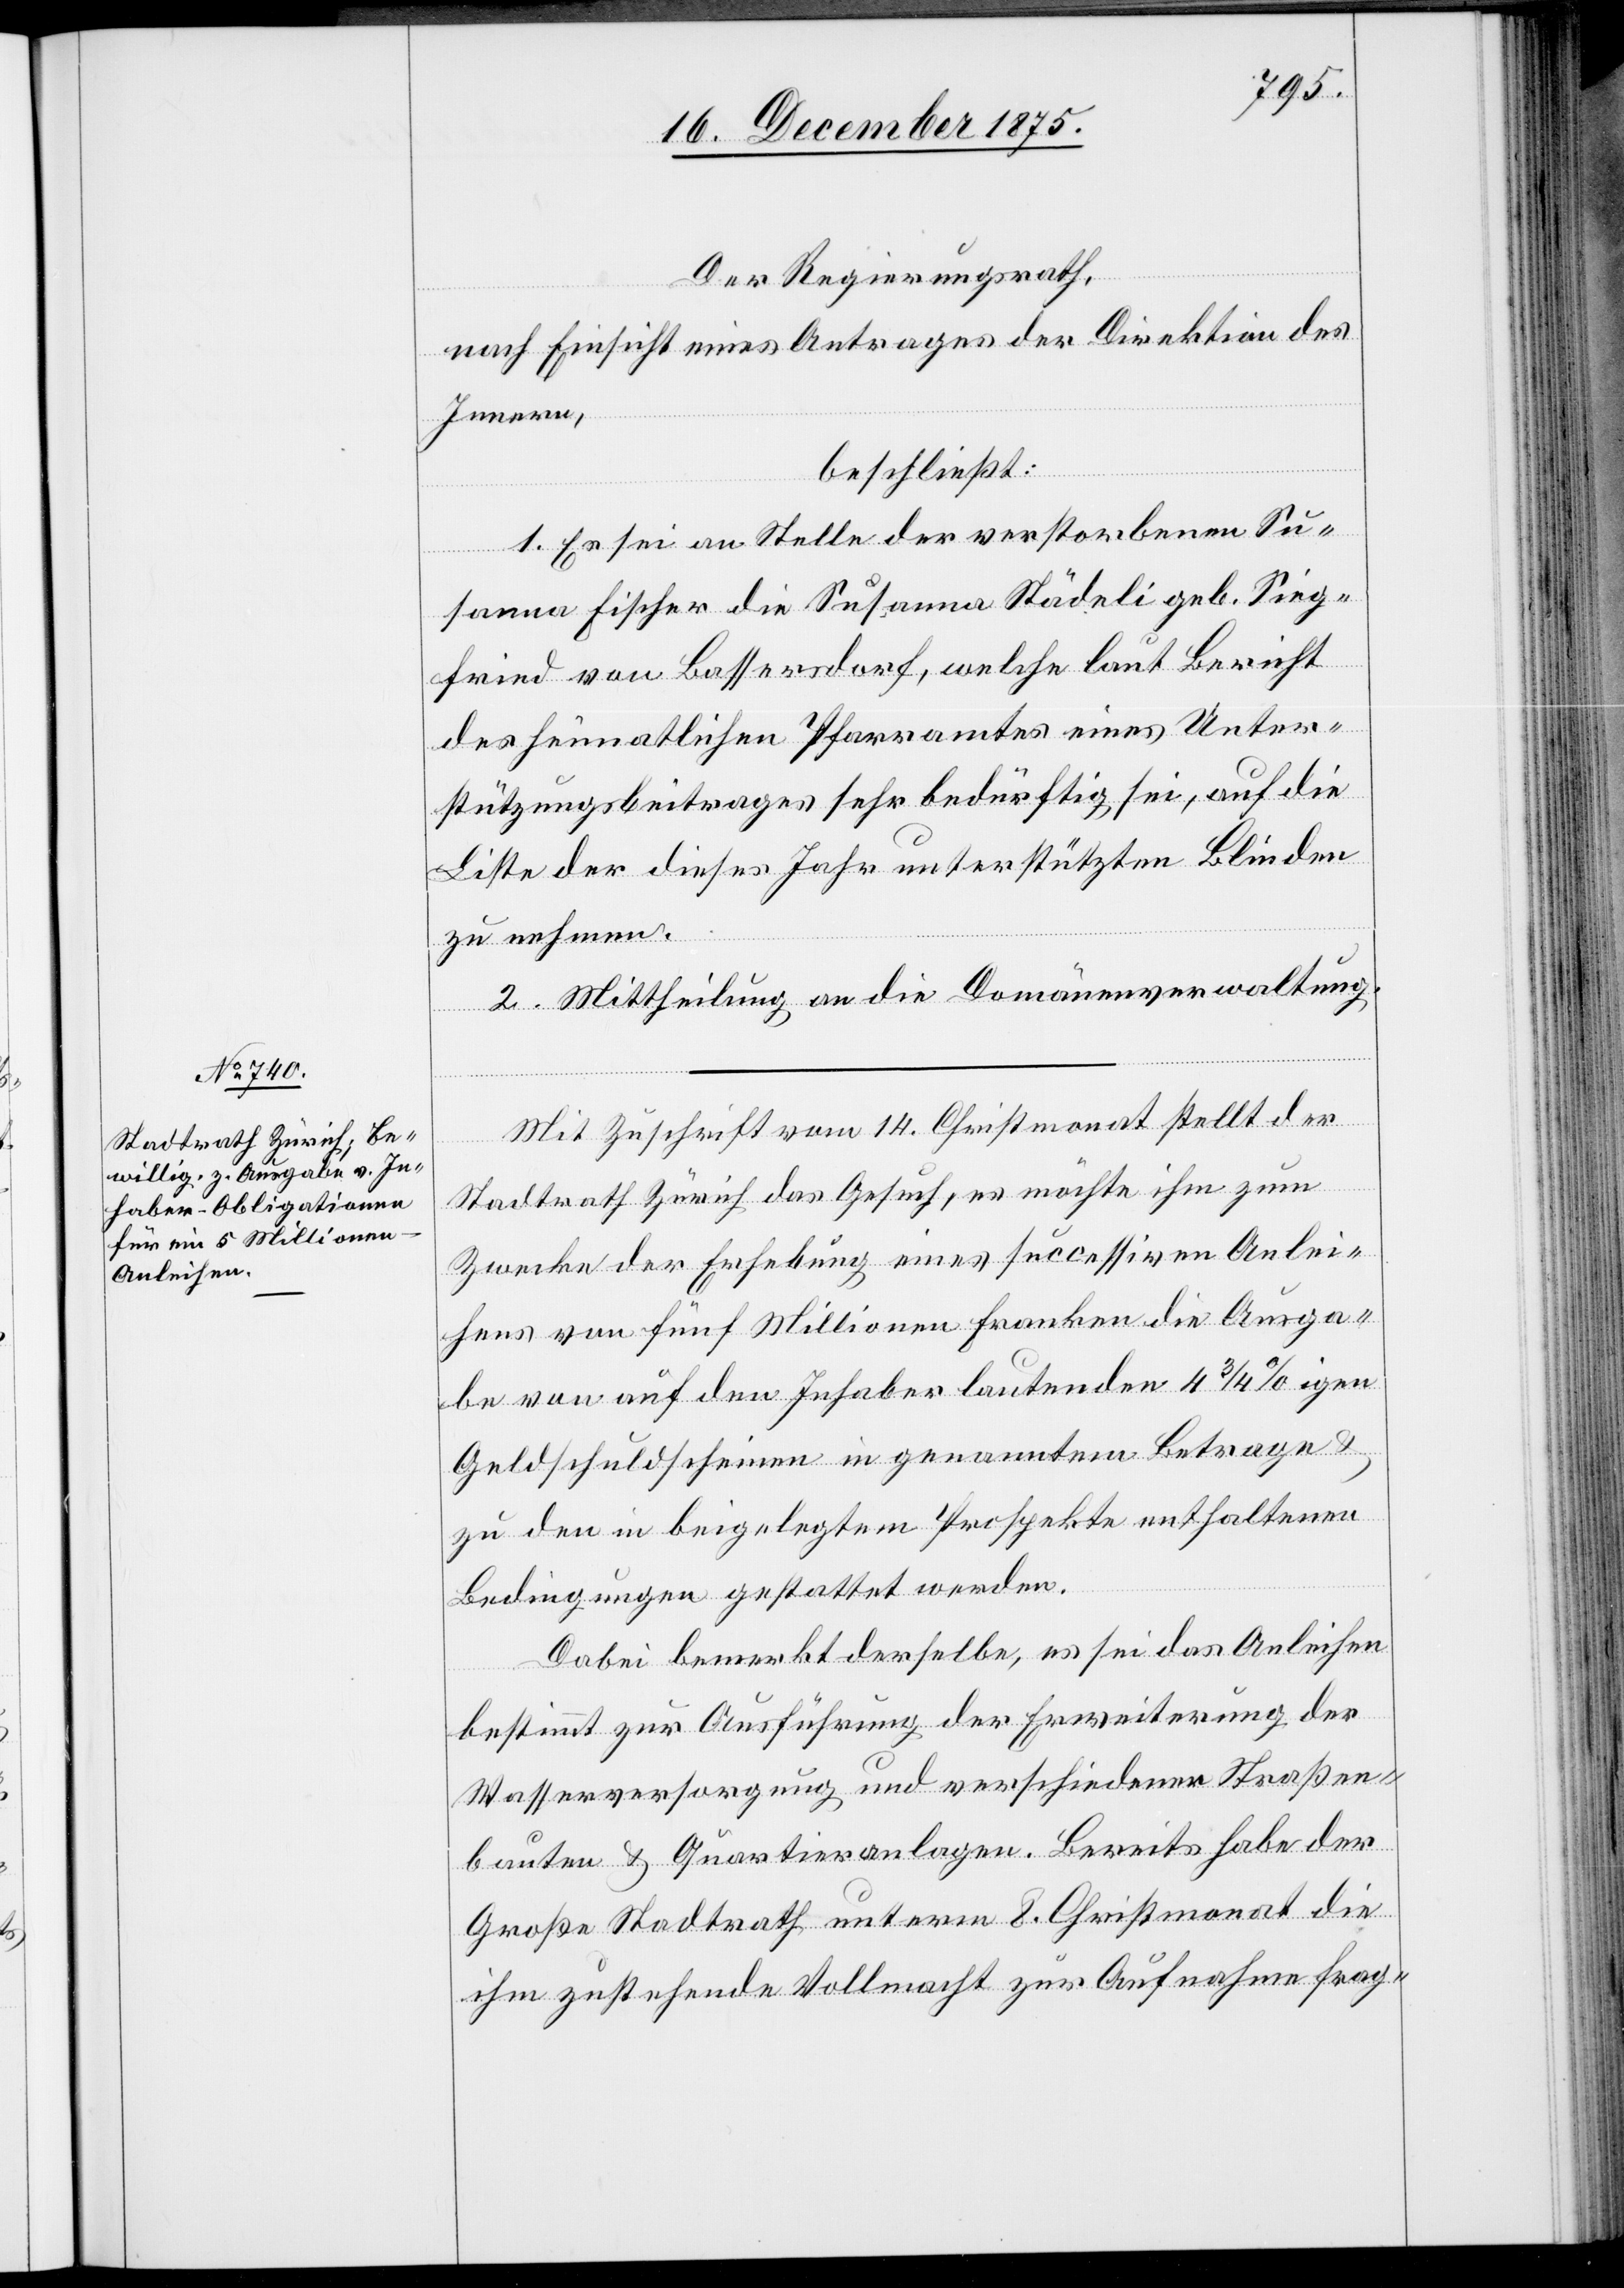
Der Regierungsrath,
nach Einsicht eines Antrages der Direktion des
Innern,
beschließt:
1. Es sei an Stelle der verstorbenen Su¬
sanna Fischer die Susanna Städeli geb. Sieg¬
fried von Bassersdorf, welche laut Bericht
des heimatlichen Pfarramtes eines Unter¬
stützungsbeitrages sehr bedürftig sei, auf die
Liste der dieses Jahr unterstützten Blinden
zu nehmen.
2. Mittheilung an die Domänenverwaltung.
Mit Zuschrift vom 14. Christmonat stellt der
Stadtrath Zürich das Gesuch, es möchte ihm zum
Zwecke der Erhebung eines successiven Anlei¬
hens von fünf Millionen Franken die Ausga¬
be von auf den Inhaber lautenden 4 3/4%igen
Geldschuldscheinen in genanntem Betrage &
zu den in beigelegtem Prospekte enthaltenen
Bedingungen gestattet werden.
Dabei bemerkt derselbe, es sei das Anleihen
bestimmt zur Ausführung der Erweiterung der
Wasserversorgung und verschiedenen Straßen¬
bauten & Quartieranlagen. Bereits habe der
Große Stadtrath unterm 8. Christmonat die
ihm zustehende Vollmacht zur Aufnahme frag-